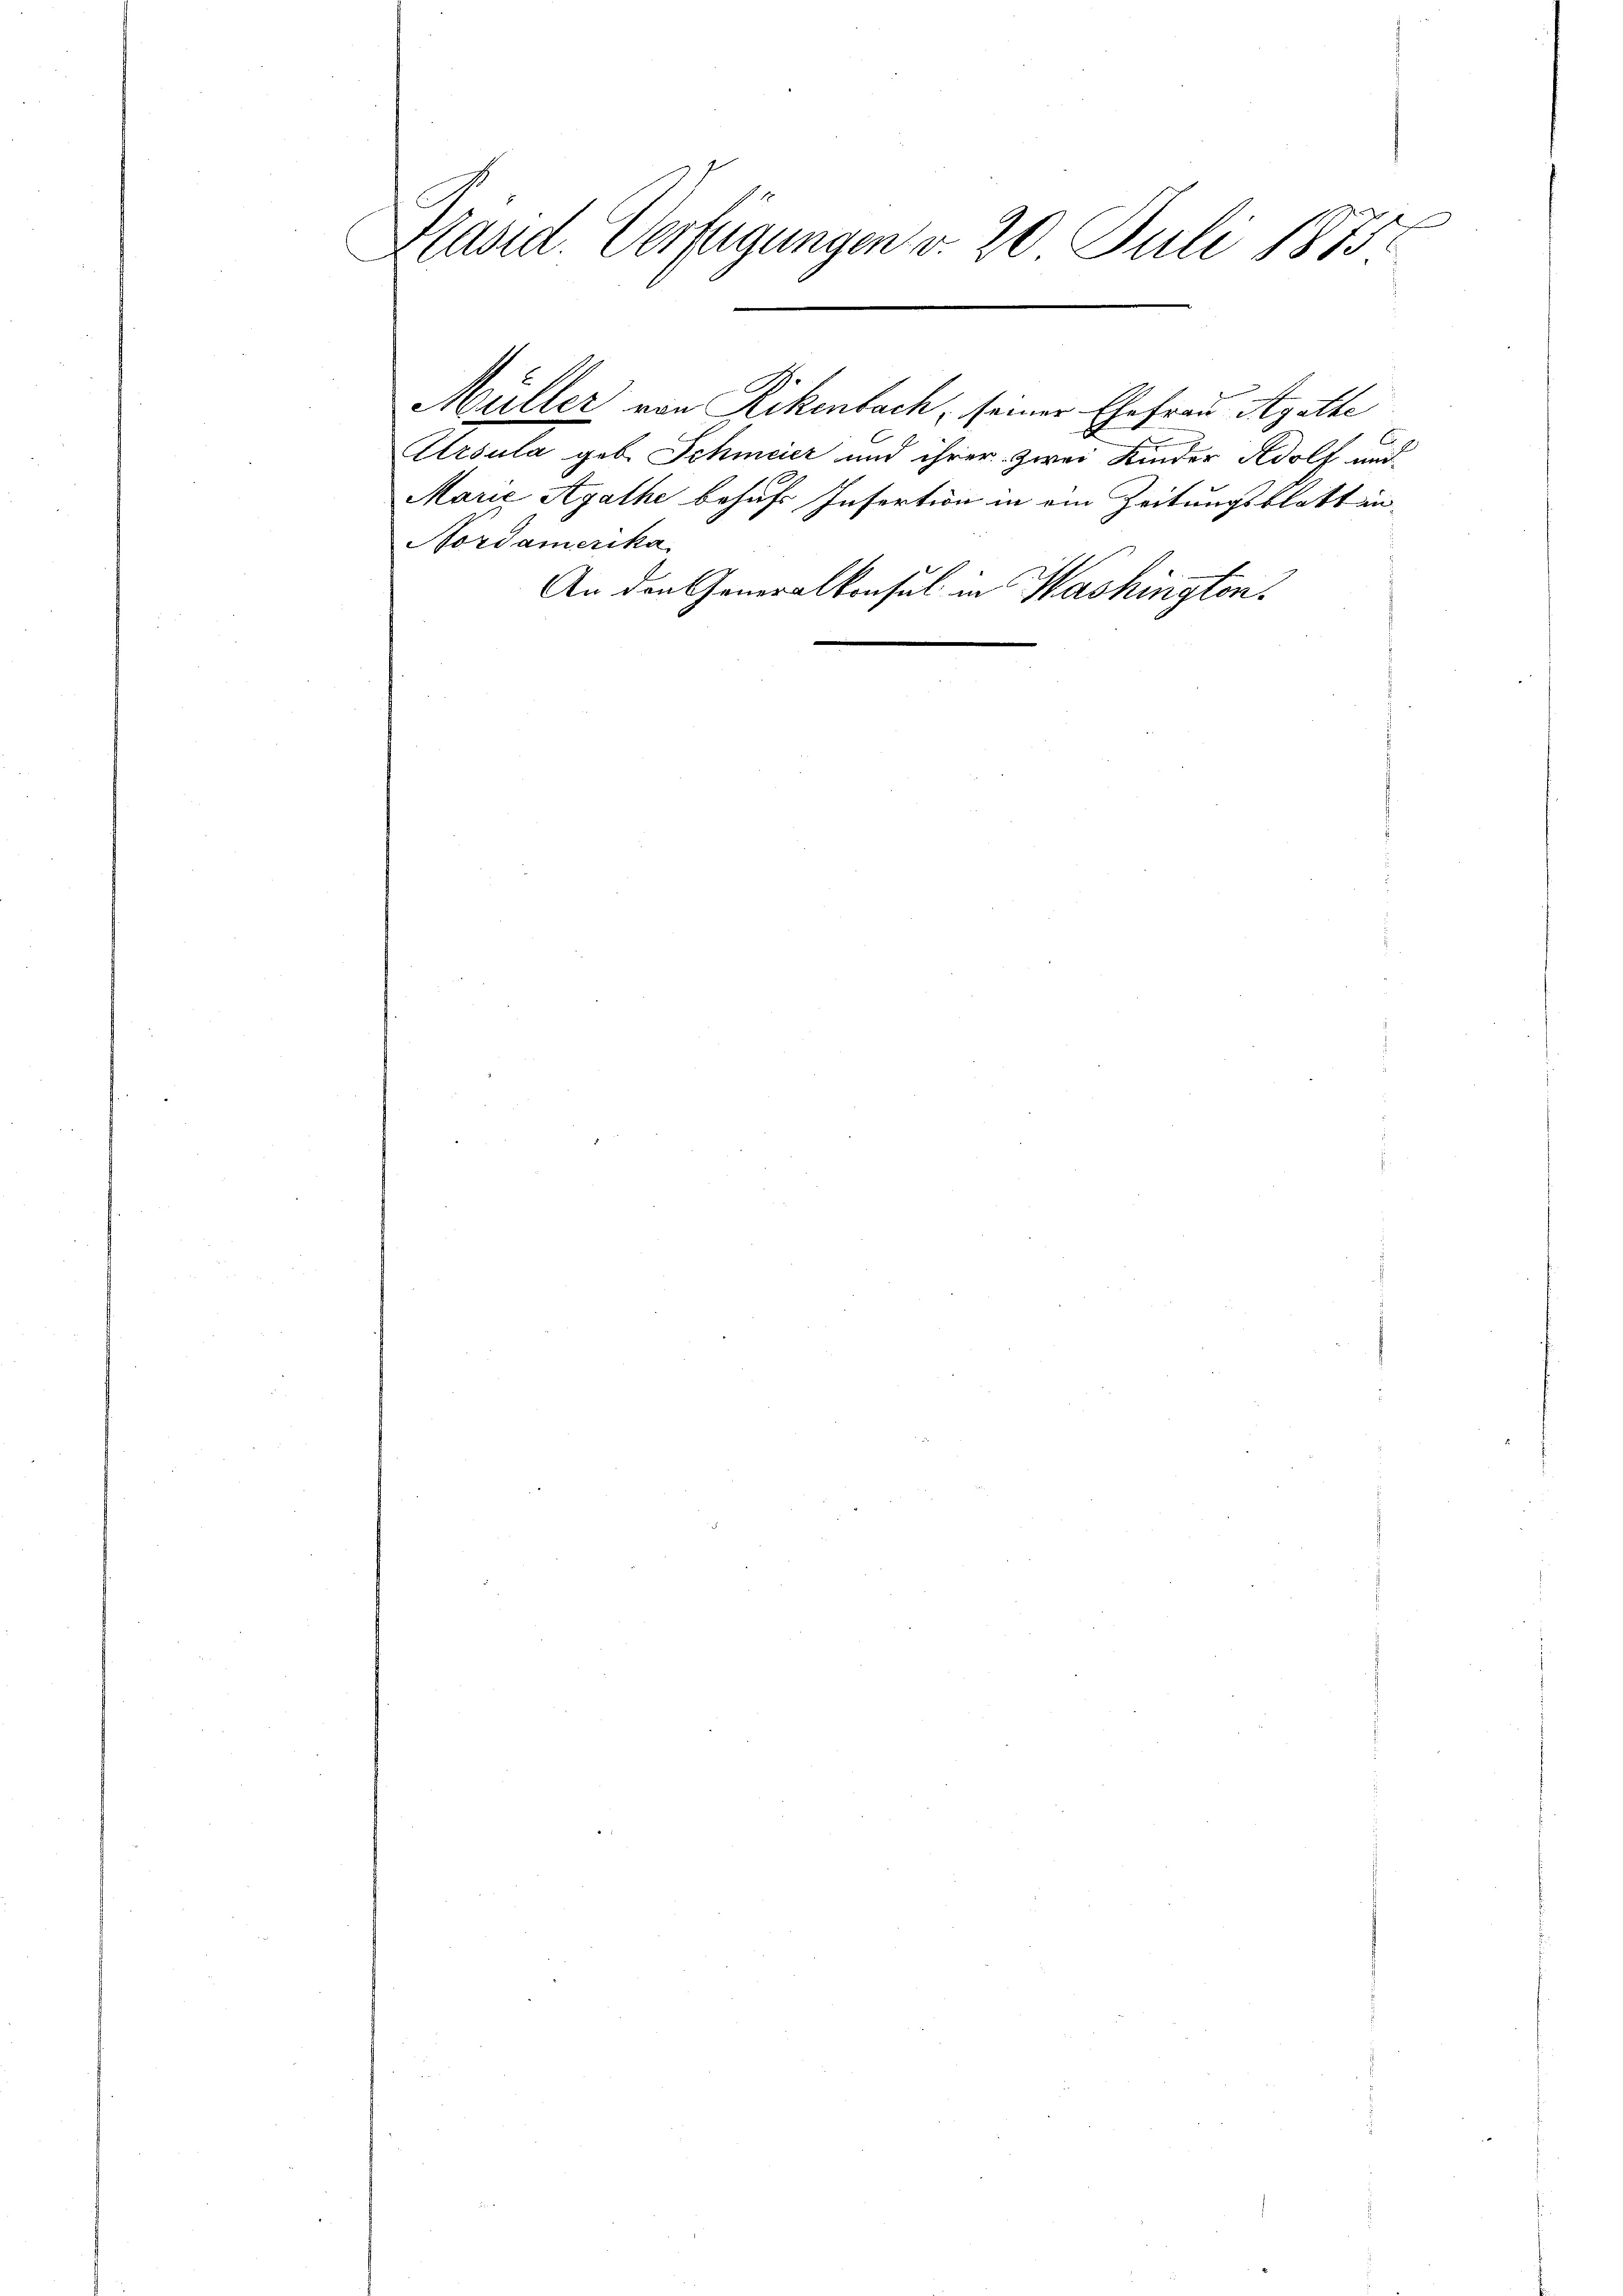
u
Präsid. Verfügungen v. 20 Juli 1875.

Müller von Rikenbach, seiner Ehefrau Agatte
Arbula geb. Schmeier und ihrer zwei Kinder Adolf und
Marie Agathe behufs Insertion in ein Zeitungsblatt in¬
Nordamerika
An den Generalkonsul in Washington.